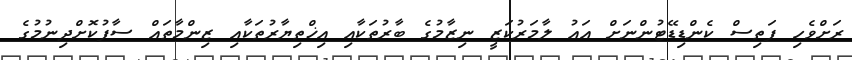
ރަށްވެހި ފަތިސް ކެންޑިޑޭޓުންނަށް އައު ލާމަރުކަޒީ ނިޒާމުގެ ބާރުތަކާއި އިޚްތިޔާރުތަކާއި ޒިންމާތައް ސާފުކޮށްދިނުމުގެ